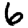
Digit: 6